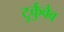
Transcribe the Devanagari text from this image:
टुर्कुवैव